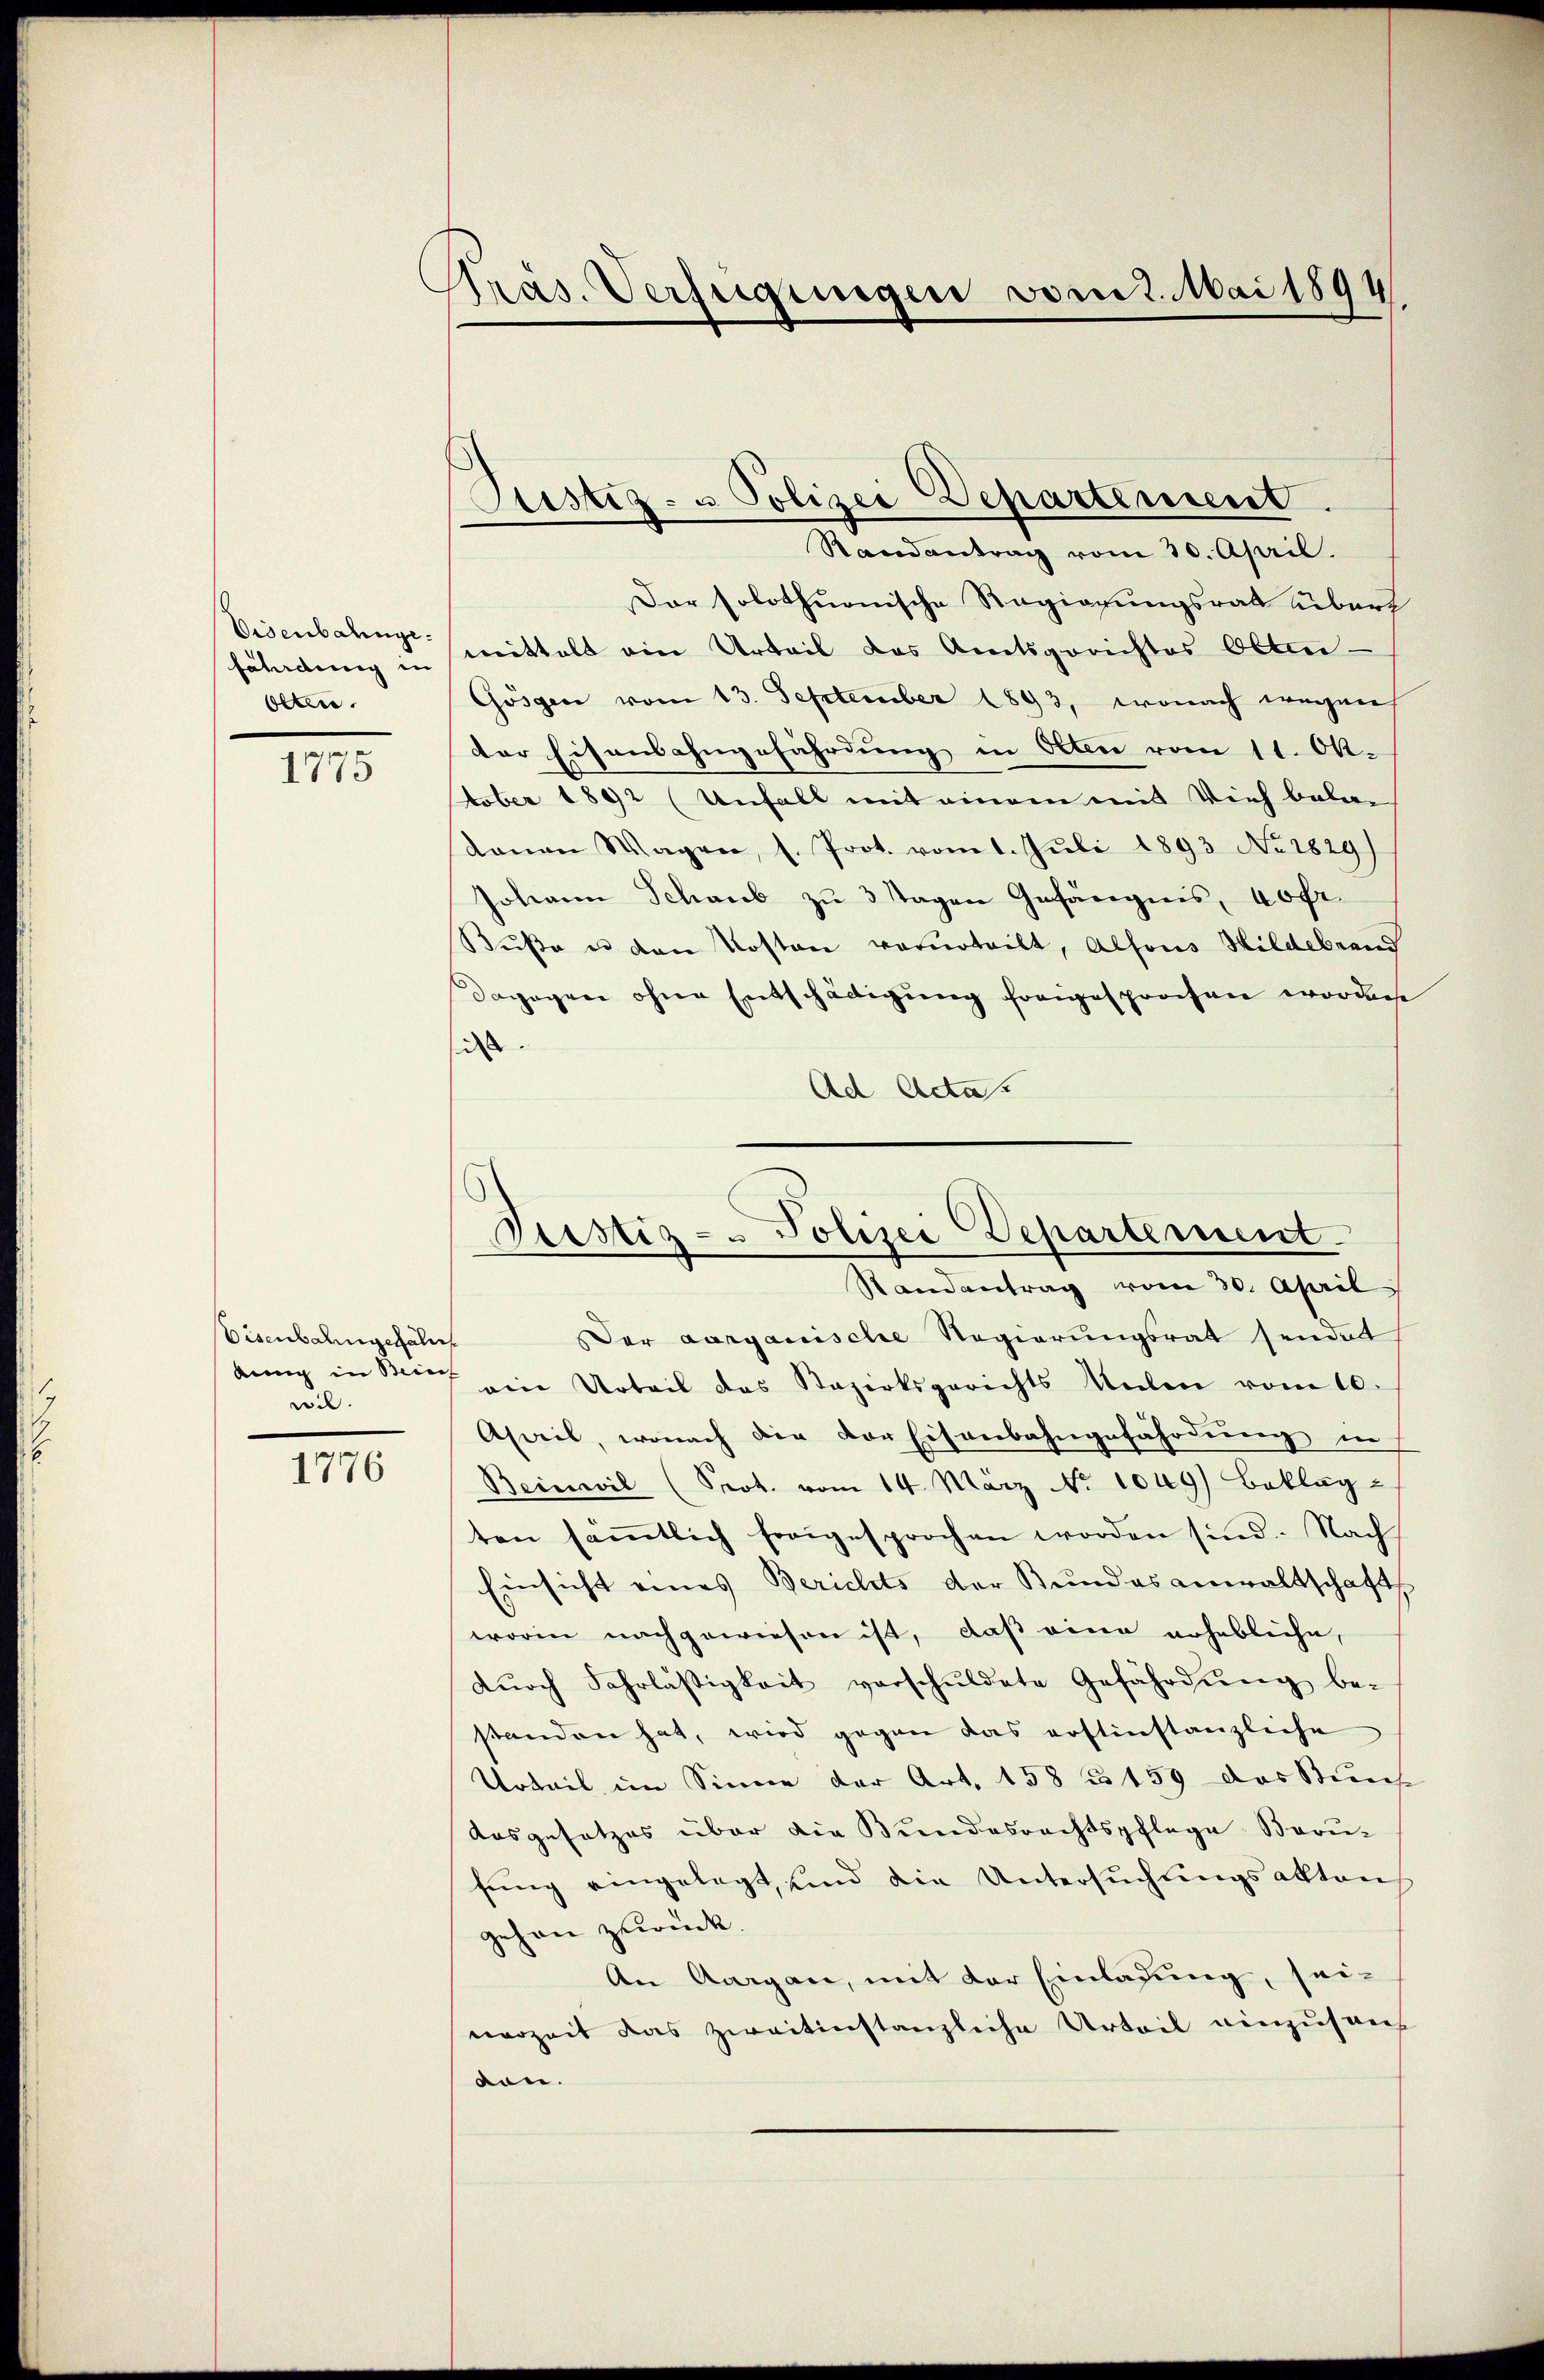
Visenbahnge.
fährdung in
Olten.

1
1115

Eisenbahngefähr
dung in Beines
wil.

1776

Präs. Verfügungen vom 2. Mai 1894.

Justiz- u Polizei Departement.
Randantrag vom 30. April.

Pristiz - Polizei Departement.
Randantrag vom 30. April

Dar solothurnische Regierungsrat übert
mittelt ein Urteil das Amtsgerichtes Olten-
Gösgen vom 13. September 1893, wonach wegen
der Eisensahngefährdung in Alten vom 11. Ok-
tober 1892 (Unfall mit einem mit Vieh belan
kanon Wagen, s. Prot. vom 1. Juli 1893 No 1829)
Johann Schaub zu 3 Tagen Gefängnis, 40 fr.
Bŭβe u den Kosten verurteilt, Alfons Hildebrand
Dagegen ohne Entschädigung forigesprochen worden
i
Ad Acta.
Der aarganische Regierungsrat sendet
ein Urteil das Razirksgerichts Kalen vom 10.
Asail, wonach die Dor Eisenbahngefährdung in
Beinwil (Prot. vom 14. März No. 1049) Beklag-
ten säṁtlich freigesprochen worden sind. Nach
Einsicht eines Berichts der Bundesanwaltschaft
worin nachgewiesen ist, daß eine erhebliche,
dŭrch Fahrläßigkeit verschuldete Gefährdŭng be-
standen hat, wird gegen das erstinstanzliche
Urteil im Sinne der Art. 158 u. 159 das Stund
Ausgesetzes über die Bundesrechtspflege Berufung eingelegt, und die Untersuchungsakten
gehen zurück.
An Aargau, mit der Einladung, sei-
nerzeit das zweitinstanzliche Urteil einzusauf
don.